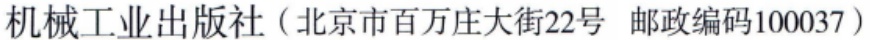
机械工业出版社（北京市百万庄大街22号 邮政编码100037）